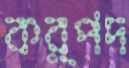
কর্পদ